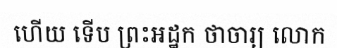
ហើយ ទើប ព្រះអដ្ឋក ថាចារ្យ លោក